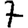
Digit: 7